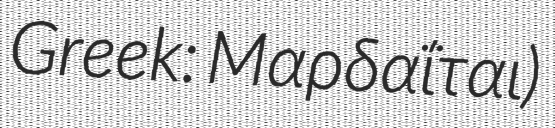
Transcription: Greek: Μαρδαΐται)